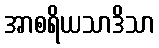
အာစရိယသာဒိသာ